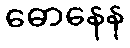
ဓောနေန